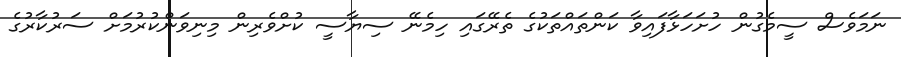
ނަމަވެސް ސީމެގުން ހުށަހަޅާފައިވާ ކަންތައްތަކުގެ ތެރޭގައި ހިމެނޭ ސިޔާސީ ކުށްވެރިން މިނިވަންކުރުމަށް ސަރުކާރުގެ